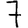
Digit: 7